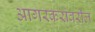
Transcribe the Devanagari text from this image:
आगरकरांवरील